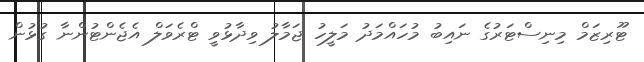
ޓޫރިޒަމް މިނިސްޓަރުގެ ނައިބު މުހައްމަދު މަލީހު ޖަމާލު ވިދާޅުވީ ޓްރެވަލް އެޖެންޓުންނާ ގުޅުން